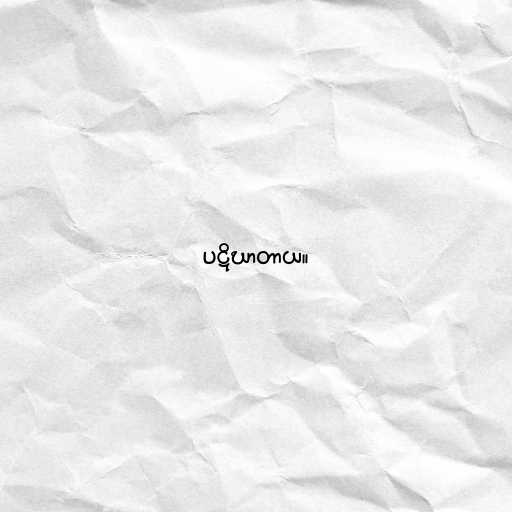
ပဋိဃာတာယ။